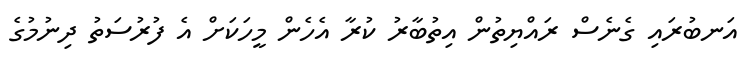
އަނބުރައި ގެނެސް ރައްޔިތުން އިތުބާރު ކުރާ އެހެން މީހަކަށް އެ ފުރުސަތު ދިނުމުގެ